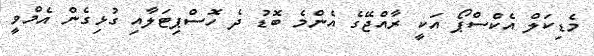
މެޑިކަލް އެކްސްޕޯ އަކީ ރާއްޖޭގެ އެންމެ ބޮޑު ދެ ހޮސްޕިޓަލާއި ގުޅިގެން އެމްވީ